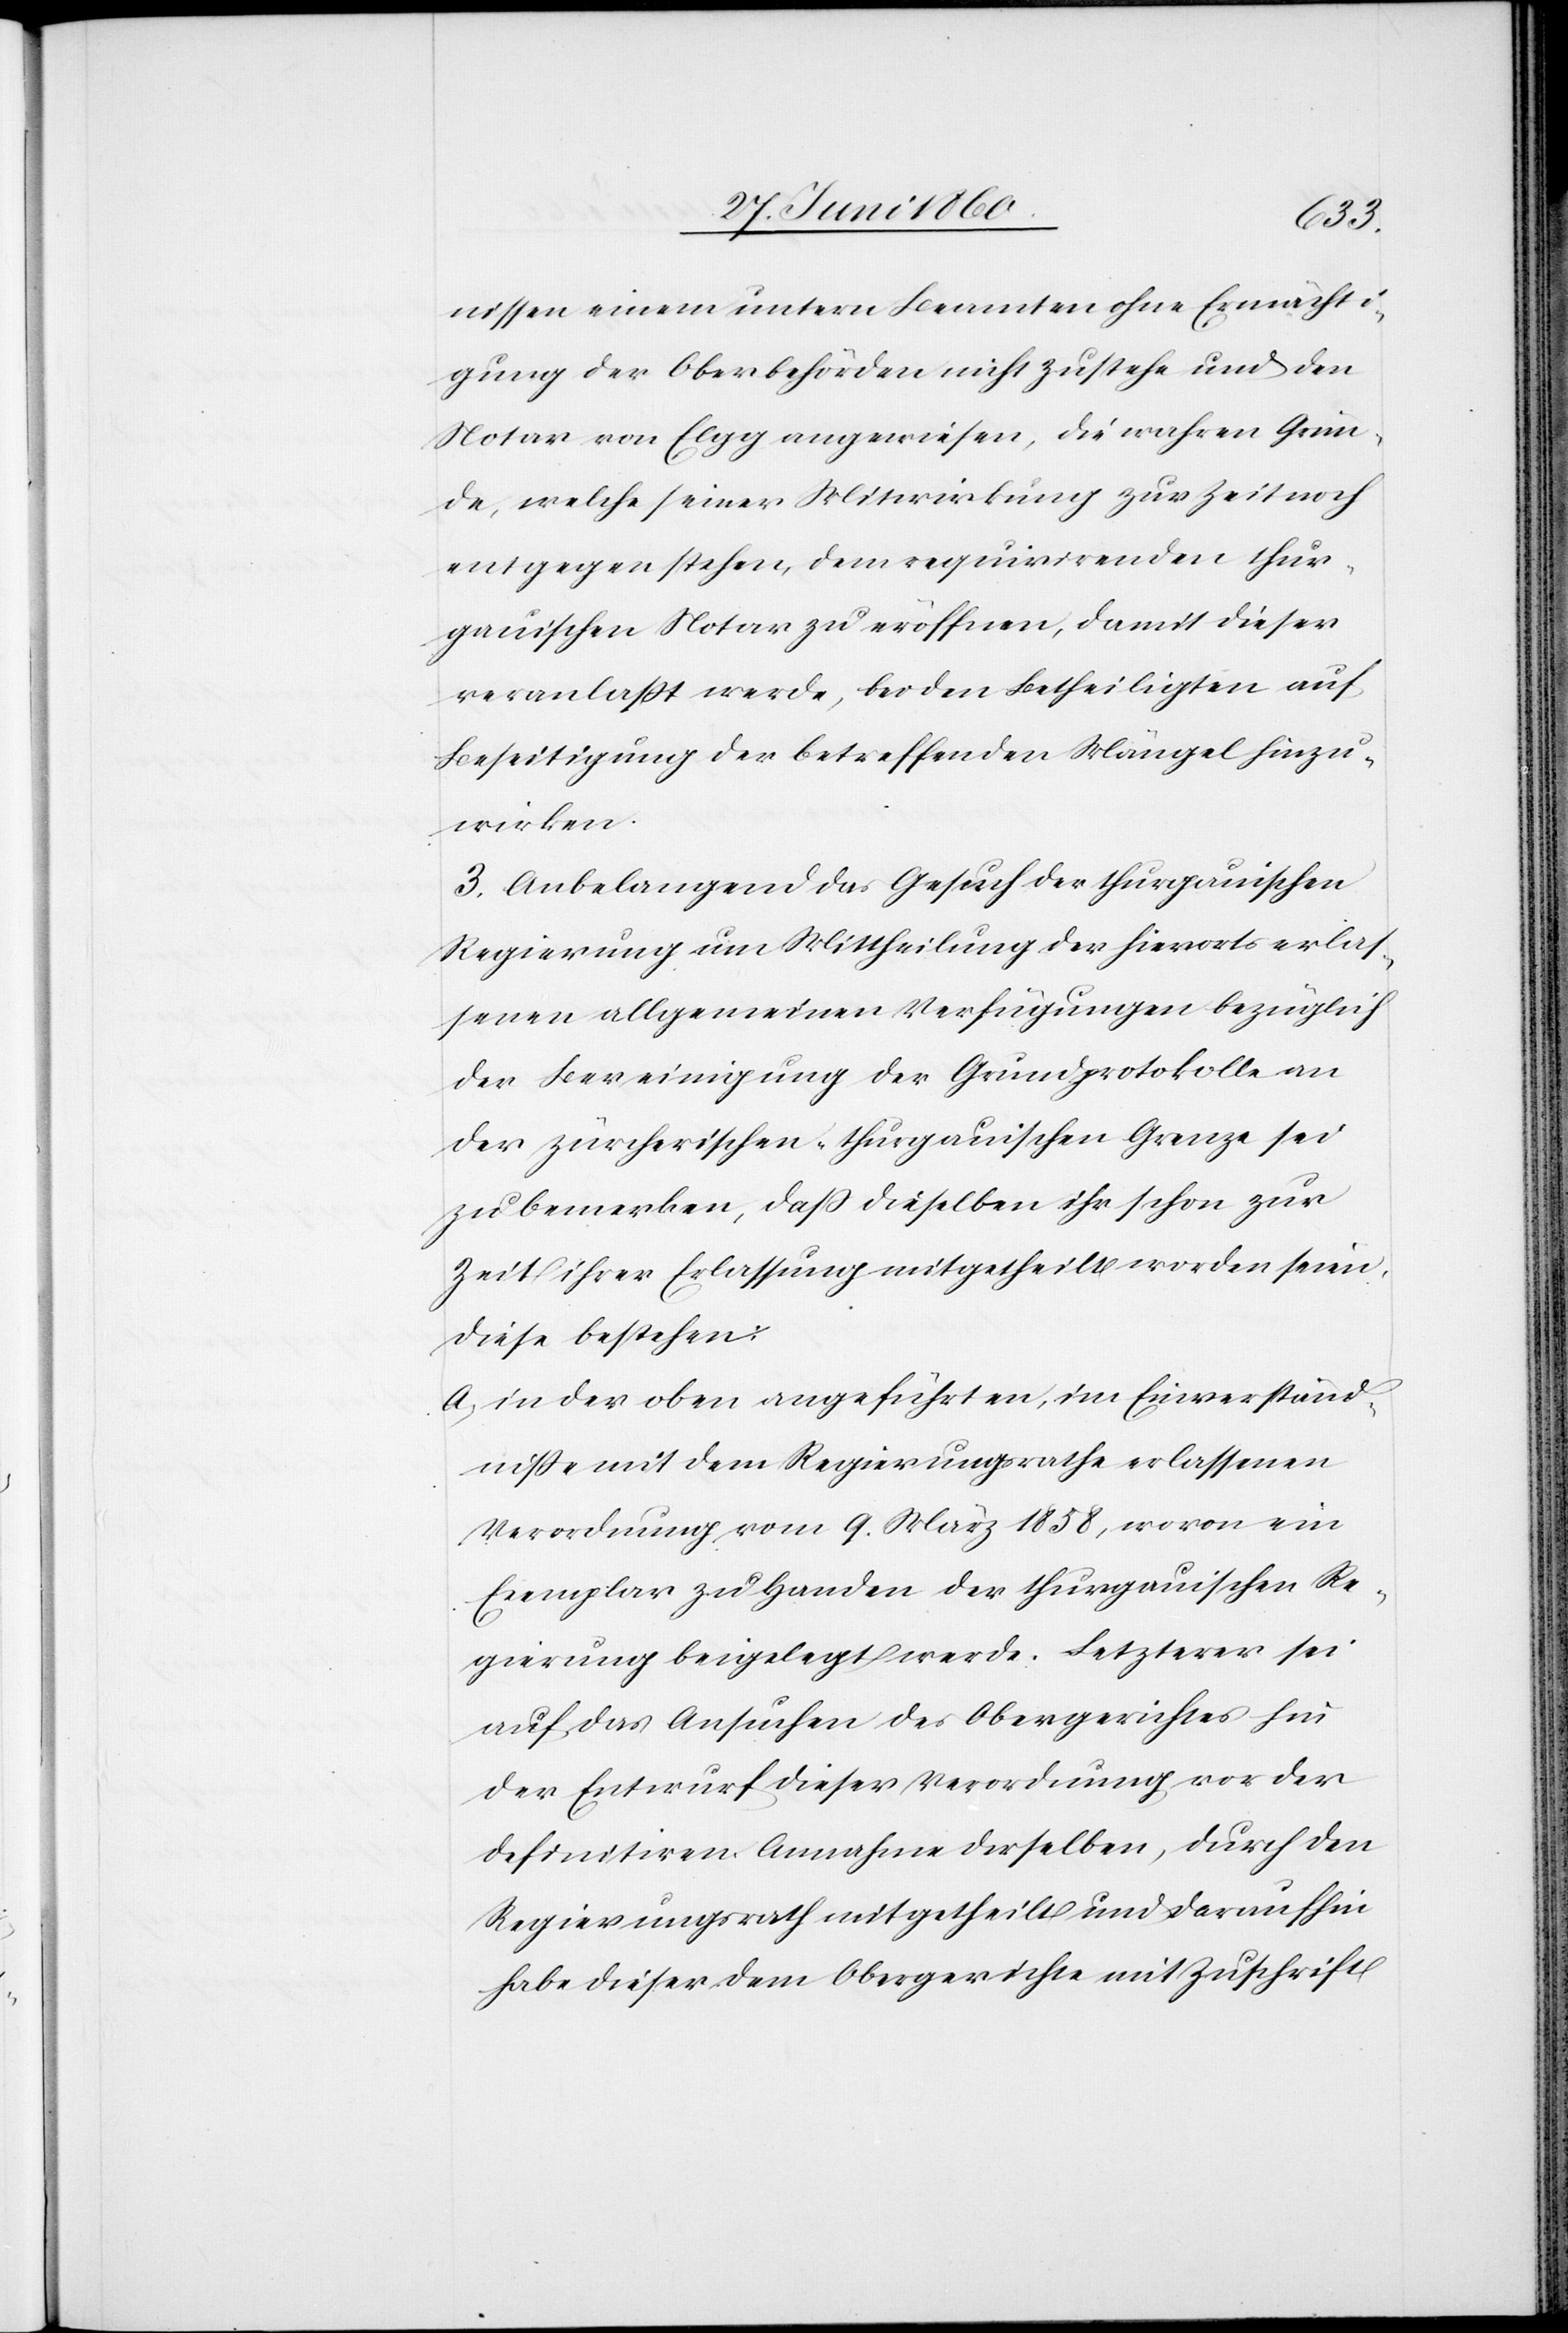
nissen einem untern Beamten ohne Ermächti¬
gung der Oberbehörden nicht zustehe und den
Notar von Elgg angewiesen, die wahren Grün¬
de, welche seiner Mitwirkung zur Zeit noch
entgegen stehen, dem requirirenden thur¬
gauischen Notar zu eröffnen, damit dieser
veranlasst werde, bei den Betheiligten auf
Beseitigung der betreffenden Mängel hinzu¬
wirken.
3. Anbelangend das Gesuch der thurgauischen
Regierung um Mittheilung der hierorts erlas¬
senen allgemeinen Verfügungen bezüglich
der Bereinigung der Grundprotokolle an
der zürcherischen-thurgauischen Grenze sei
zu bemerken, dass dieselben ihr schon zur
Zeit ihrer Erlassung mitgetheilt worden seien,
diese bestehen:
a. in der oben angeführten, im Einverständ¬
nisse mit dem Regierungsrathe erlassenen
Verordnung vom 9. März 1858, wovon ein
Exemplar zu Handen der thurgauischen Re¬
gierung beigelegt werde. Letzteres sei
auf das Ansuchen des Obergerichtes hin
der Entwurf dieser Verordnung vor der
definitiven Annahme desselben, durch den
Regierungsrath mitgetheilt und daraufhin
habe dieser dem Obergerichte mit Zuschrift